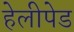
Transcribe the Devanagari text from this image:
हेलीपेड